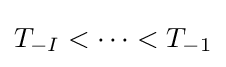
T_{-I}<\cdots <T_{-1}